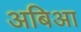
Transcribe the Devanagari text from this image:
अबिआ